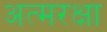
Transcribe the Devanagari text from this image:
अत्मरक्षा